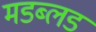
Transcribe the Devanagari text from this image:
मडब्लड